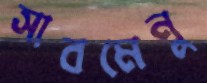
সাবমেনু